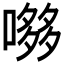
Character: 𭊶